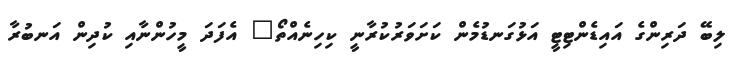
ލިބޭ ދަރިންގެ އައިޑެންޓިޓީ އަޅުގަނޑުމެން ކަށަވަރުކުރާނީ ކިހިނެއްތޯ" އެފަދަ މީހުންނާއި ކުދިން އަނބުރާ